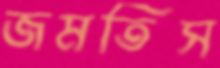
জমতিস